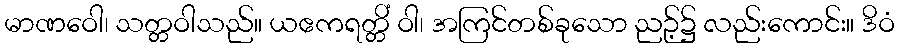
မာဏဝေါ၊ သတ္တဝါသည်။ ယဧကရတ္တိံ ဝါ၊ အကြင်တစ်ခုသော ညဉ့်၌ လည်းကောင်း။ ဒိဝံ